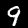
Digit: 9